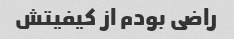
راضی بودم از کیفیتش